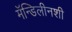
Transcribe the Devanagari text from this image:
मॅन्डिलीनशी